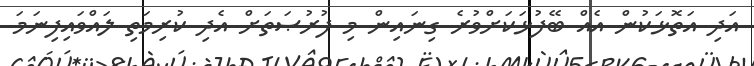
އަދި އަތޮޅަކުން އެއް ބޭފުޅަކަށްވުރެ ގިނައިން މި ފުރުޞަތަށް އެދި ކުރިމަތި ލައްވައިފިނަމަ